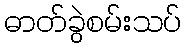
ဓာတ်ခွဲစမ်းသပ်